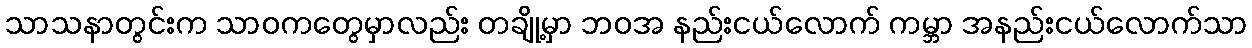
သာသနာတွင်းက သာဝကတွေမှာလည်း တချို့မှာ ဘဝအ နည်းငယ်လောက် ကမ္ဘာ အနည်းငယ်လောက်သာ